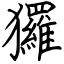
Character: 玀